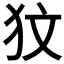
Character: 𤝋